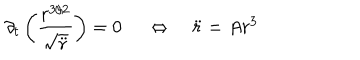
LaTeX: \partial _ { t } \left( \frac { r ^ { 3 / 2 } } { \sqrt { \ddot { r } } } \right) = 0 \ \quad \Leftrightarrow \quad \ddot { r } = A r ^ { 3 }